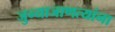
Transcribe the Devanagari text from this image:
जुन्याजाणत्यांना